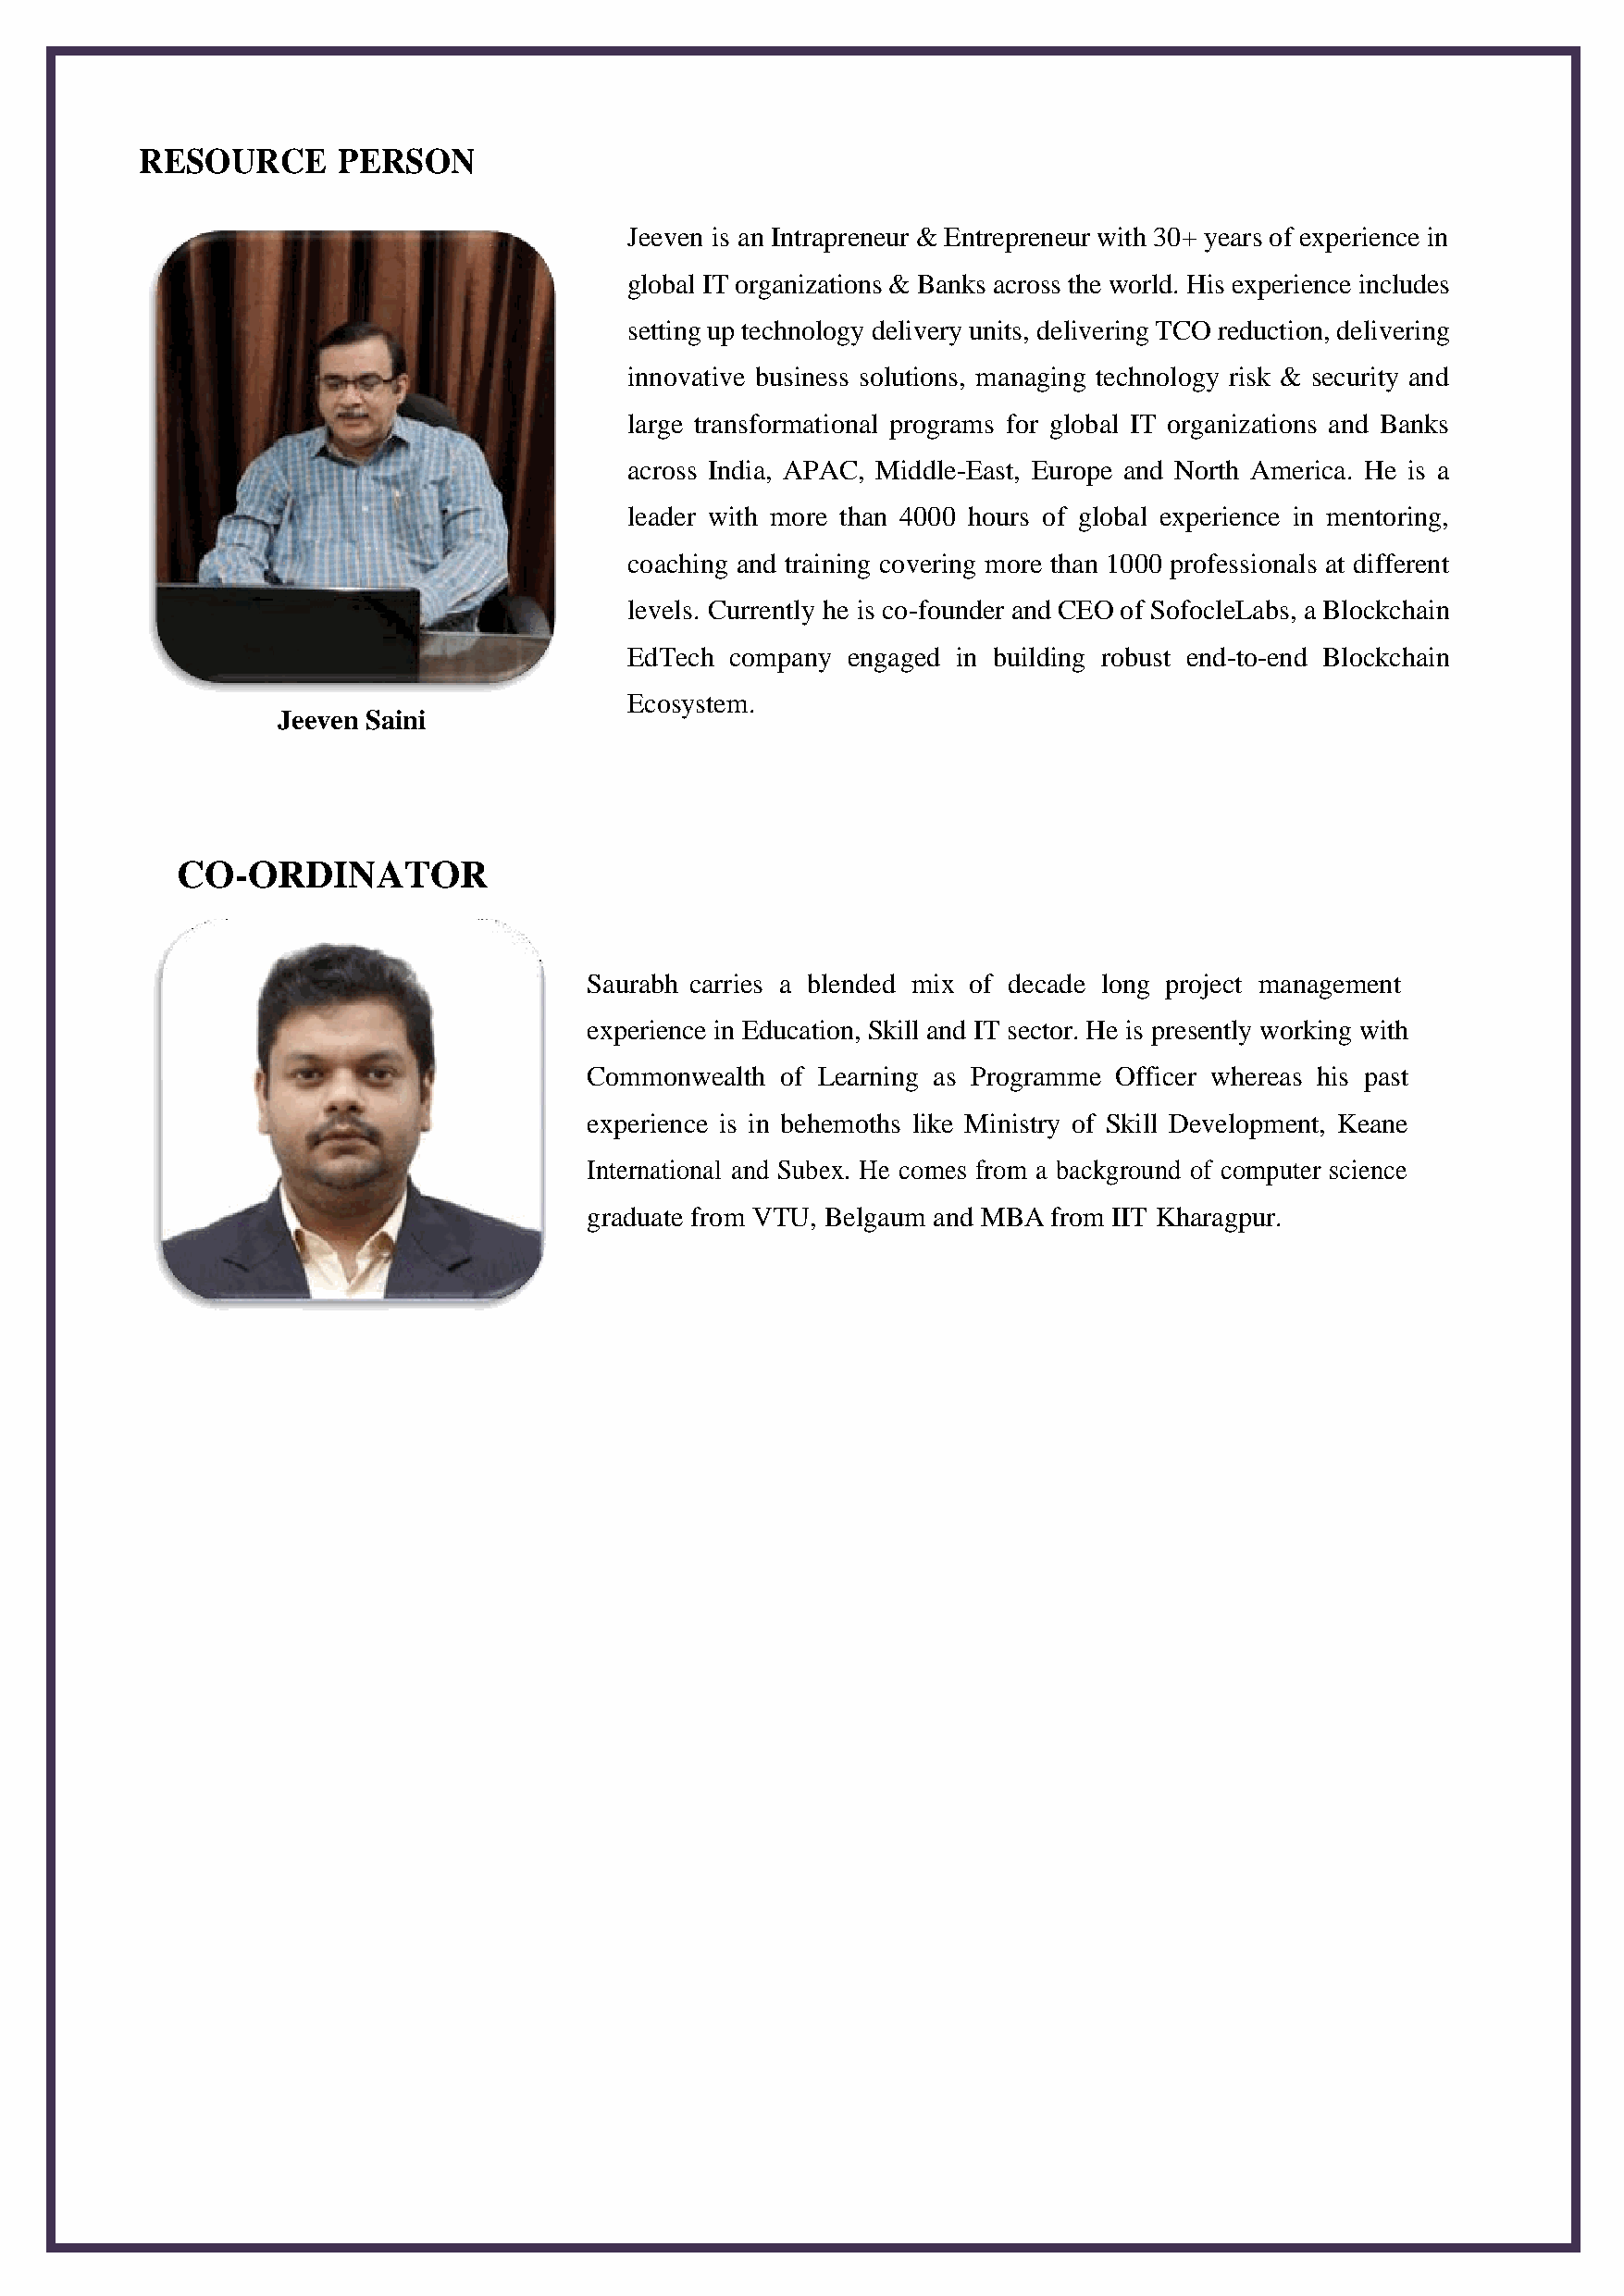
RESOURCE      PERSON
 Jeeven is an Intrapreneur & Entrepreneur with 30+ years of experience in
 global IT organizations & Banks across the world. His experience includes
 setting up technology delivery units, delivering TCO reduction, delivering
 innovative business solutions, managing technology risk & security and
 large transformational programs for global IT organizations and Banks
 across India, APAC, Middle-East, Europe and North America. He is a
 leader with more than 4000 hours of global experience in mentoring,
 coaching and training covering more than 1000 professionals at different
 levels. Currently he is co-founder and CEO of SofocleLabs, a Blockchain
 EdTech company  engaged in building robust end-to-end Blockchain
 Ecosystem.
 Jeeven Saini
 CO-ORDINATOR
 Saurabh carries a blended mix of decade long project management
 experience in Education, Skill and IT sector. He is presently working with
 Commonwealth  of Learning as Programme Officer whereas his past
 experience is in behemoths like Ministry of Skill Development, Keane
 International and Subex. He comes from a background of computer science
 graduate from VTU, Belgaum and MBA from IIT Kharagpur.